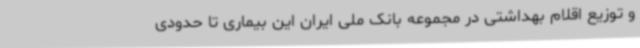
و توزیع اقلام بهداشتی در مجموعه بانک ملی ایران این بیماری تا حدودی